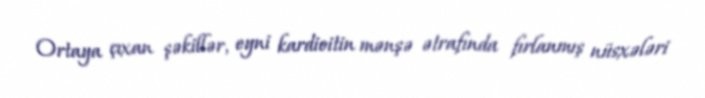
Ortaya çıxan şəkillər, eyni kardioitin mənşə ətrafında fırlanmış nüsxələri